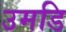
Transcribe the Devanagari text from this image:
उमडि